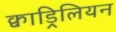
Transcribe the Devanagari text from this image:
क्वाड्रिलियन